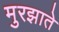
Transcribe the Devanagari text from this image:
मुरझाते